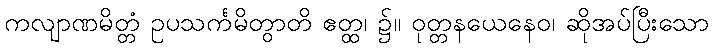
ကလျာဏမိတ္တံ ဥပသင်္ကမိတွာတိ ဧတ္ထ၊ ၌။ ဝုတ္တနယေနေဝ၊ ဆိုအပ်ပြီးသော